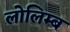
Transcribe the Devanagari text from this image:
लोलिम्ब